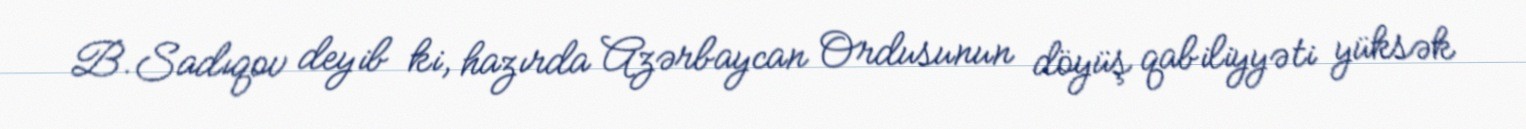
B.Sadıqov deyib ki, hazırda Azərbaycan Ordusunun döyüş qabiliyyəti yüksək